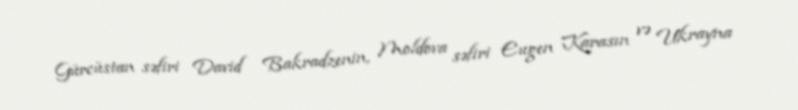
Gürcüstan səfiri David Bakradzenin, Moldova səfiri Eugen Karasın və Ukrayna